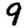
Digit: 9